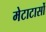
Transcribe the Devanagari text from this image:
मेटाटार्सो